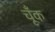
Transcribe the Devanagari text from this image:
चूँक